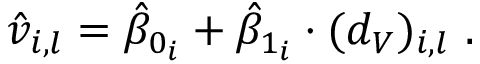
\hat { v } _ { i , l } = \hat { \beta } _ { 0 _ { i } } + \hat { \beta } _ { 1 _ { i } } \cdot ( d _ { V } ) _ { i , l } \ .